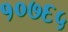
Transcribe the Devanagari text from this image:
१०७६५